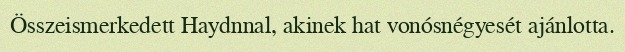
Összeismerkedett Haydnnal, akinek hat vonósnégyesét ajánlotta.